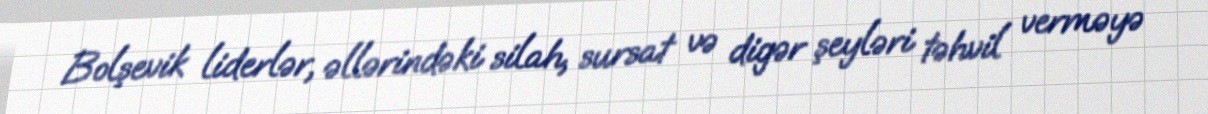
Bolşevik liderlər, əllərindəki silah, sursat və digər şeyləri təhvil verməyə